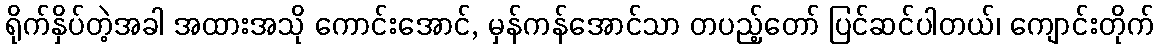
ရိုက်နှိပ်တဲ့အခါ အထားအသို ကောင်းအောင်, မှန်ကန်အောင်သာ တပည့်တော် ပြင်ဆင်ပါတယ်၊ ကျောင်းတိုက်